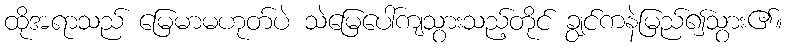
ထိုအရာသည် မြေမာမဟုတ်ပဲ သဲမြေပေါ်ကျသွားသည့်တိုင် ချွင်ကနဲမြည်၍သွား၏။